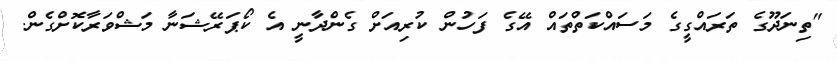
"ތިނަދޫގެ ތަރައްގީގެ މަސައްކަތްތައް އޭގެ ފަހުން ކުރިއަށް ގެންދާނީ އެ ކޯޕަރޭޝަނާ މަޝްވަރާކޮށްގެން.